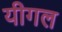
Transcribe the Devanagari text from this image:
यीगल